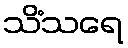
သိံသရေ